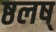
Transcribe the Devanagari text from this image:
ष्ठलष्